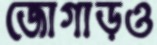
জোগাড়ও